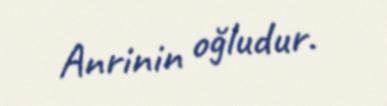
Anrinin oğludur.